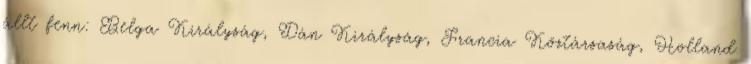
állt fenn: Belga Királyság, Dán Királyság, Francia Köztársaság, Holland